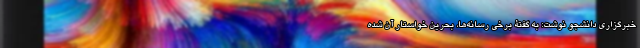
خبرگزاری دانشجو نوشت: به گفتة برخی رسانه‌ها، بحرین خواستار آن شده